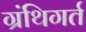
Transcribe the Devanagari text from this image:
ग्रंथिगर्त